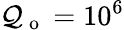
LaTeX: \mathcal{Q}_{\mathrm{{~o~}}}=10^{6}